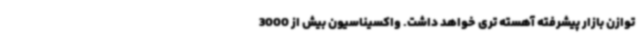
توازن بازار پیشرفته آهسته تری خواهد داشت. واکسیناسیون بیش از 3000